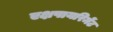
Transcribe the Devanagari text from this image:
एक्षपायरिमेंट